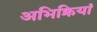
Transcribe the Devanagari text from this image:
अभिक्रियां